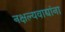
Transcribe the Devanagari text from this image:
नक्षल्यवाद्यांना